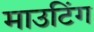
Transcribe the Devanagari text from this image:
माउटिंग